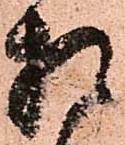
相